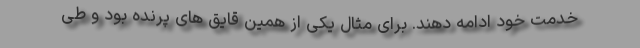
خدمت خود ادامه دهند. برای مثال یکی از همین قایق های پرنده بود و طی